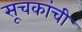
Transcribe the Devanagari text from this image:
सूचकांची